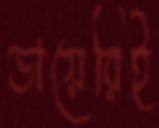
ডায়েরিই